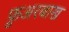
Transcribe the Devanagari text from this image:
फ़ुअरबाख